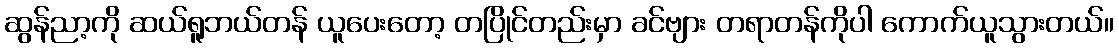
ဆွန်ညာ့ကို ဆယ်ရူဘယ်တန် ယူပေးတော့ တပြိုင်တည်းမှာ ခင်ဗျား တရာတန်ကိုပါ ကောက်ယူသွားတယ်။